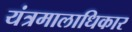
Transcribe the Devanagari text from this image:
यंत्रमालाधिकार